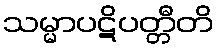
သမ္မာပဋိပတ္တီတိ